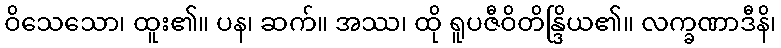
ဝိသေသော၊ ထူး၏။ ပန၊ ဆက်။ အဿ၊ ထို ရူပဇီဝိတိန္ဒြိယ၏။ လက္ခဏာဒီနိ၊